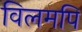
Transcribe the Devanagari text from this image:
विलमपि